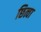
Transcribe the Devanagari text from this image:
छित्वा